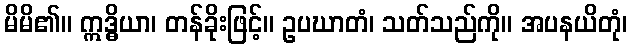
မိမိ၏။ ဣဒ္ဓိယာ၊ တန်ခိုးဖြင့်။ ဥပဃာတံ၊ သတ်သည်ကို။ အပနယိတုံ၊